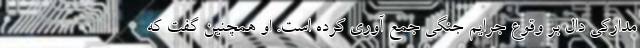
مدارکی دال بر وقوع جرایم جنگی جمع آوری کرده است. او همچنین گفت که